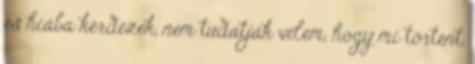
és hiába kérdezek, nem tudatják velem, hogy mi történt,